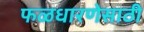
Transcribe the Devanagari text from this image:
फळधारणेसाठी